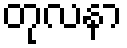
တုလနာ